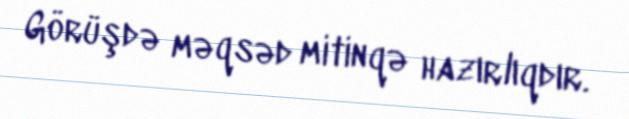
Görüşdə məqsəd mitinqə hazırlıqdır.